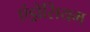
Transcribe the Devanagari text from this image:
एंड्रोसियम